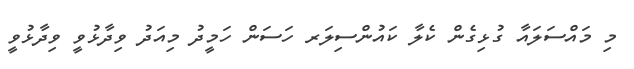
މި މައްސަލައާ ގުޅިގެން ކެލާ ކައުންސިލަރ ހަސަން ހަމީދު މިއަދު ވިދާޅުވީ ވިދާޅުވީ